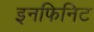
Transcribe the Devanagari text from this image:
इनफिनिट